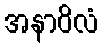
အနာဝိလံ